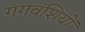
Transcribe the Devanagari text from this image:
गंगवंशियों